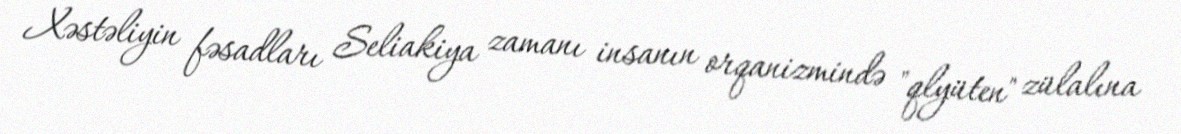
Xəstəliyin fəsadları Seliakiya zamanı insanın orqanizmində "qlyüten" zülalına